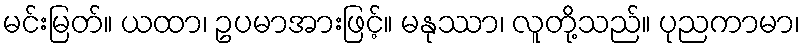
မင်းမြတ်။ ယထာ၊ ဥပမာအားဖြင့်။ မနုဿာ၊ လူတို့သည်။ ပုညကာမာ၊